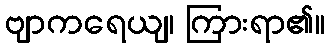
ဗျာကရေယျ၊ ကြားရာ၏။